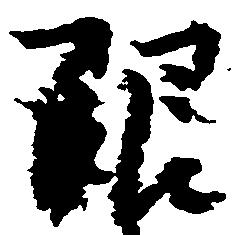
限